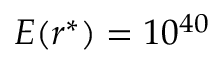
E ( r ^ { * } ) = 1 0 ^ { 4 0 }